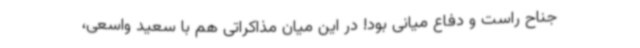
جناح راست و دفاع میانی بود! در این میان مذاکراتی هم با سعید واسعی،